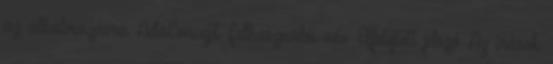
az alkalmazásra AdaConcept Felhasználói név: Elfelejtett jelszó Az írások